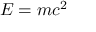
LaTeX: E = m c ^ { 2 }